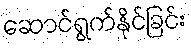
ဆောင်ရွက်နိုင်ခြင်း